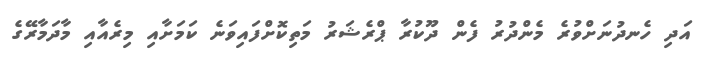
އަދި ހެނދުނަށްވުރެ މެންދުރު ފެން ދޫކުރާ ޕްރެޝަރު މަތިކޮށްފައިވަނެ ކަމަށާއި މިރެއާއި މާދަމާރޭގެ